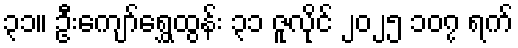
၃၁။ ဦးကျော်ရွှေထွန်း ၃၁ ဇူလိုင် ၂၀၂၅ ၁၀၇ ရက်